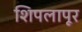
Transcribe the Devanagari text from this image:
शिपलापूर